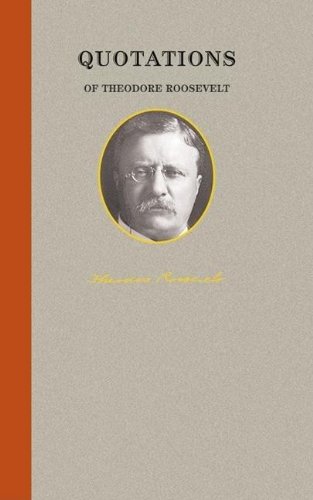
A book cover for Quotations of Theodore Roosevelt (Great American Quote Books); Theodore Roosevelt; Humor & Entertainment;